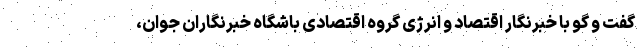
گفت و گو با خبرنگار اقتصاد و انرژی گروه اقتصادی باشگاه خبرنگاران جوان،